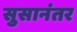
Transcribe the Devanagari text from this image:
सुसानंतर